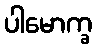
ပါမောက္ခ